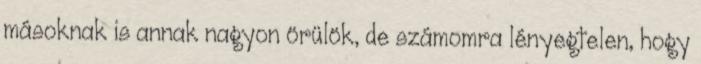
másoknak is annak nagyon örülök, de számomra lényegtelen, hogy